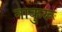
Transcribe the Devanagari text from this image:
नाकुरू